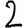
Digit: 2